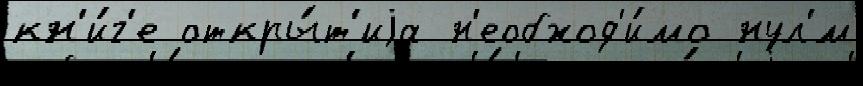
кн'и́г'е откры́т'иjа н'еобход'и́мо нул'́м